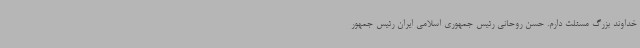
خداوند بزرگ مسئلت دارم. حسن روحانی رئیس جمهوری اسلامی ایران رئیس جمهور